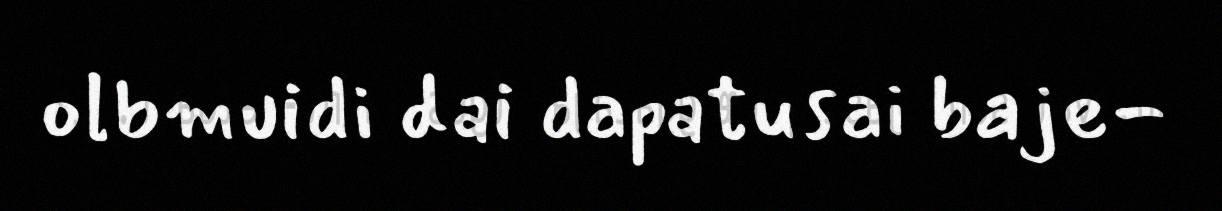
olbmuidi dai dapatusai baje-